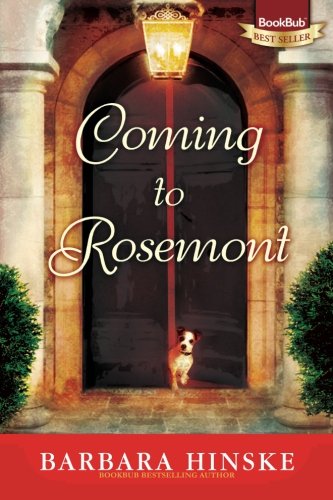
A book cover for Coming to Rosemont; Barbara Hinske; Literature & Fiction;